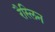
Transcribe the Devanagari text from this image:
रैस्लिन